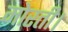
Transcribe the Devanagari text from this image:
मोरती।